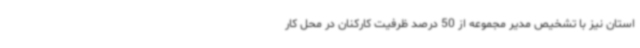
استان نیز با تشخیص مدیر مجموعه از 50 درصد ظرفیت کارکنان در محل کار